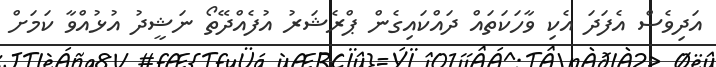
އަދިވެސް އެފަދަ އެކި ވާހަކަތައް ދައްކައިގެން ޕްރެޝަރު އުފެއްދޭތޯ ނަޝީދު އުޅުއްވާ ކަމަށް